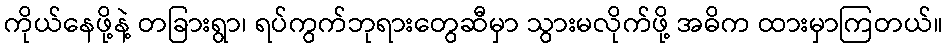
ကိုယ်နေဖို့နဲ့ တခြားရွာ၊ ရပ်ကွက်ဘုရားတွေဆီမှာ သွားမလိုက်ဖို့ အဓိက ထားမှာကြတယ်။